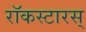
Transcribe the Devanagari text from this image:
रॉकस्टारस्